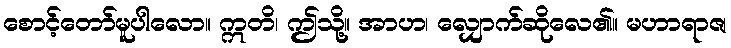
စောင့်တော်မူပါလော။ ဣတိ၊ ဤသို့။ အာဟ၊ လျှောက်ဆိုလေ၏။ မဟာရာဇ၊